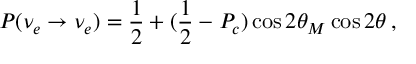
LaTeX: P ( \nu _ { e } \to \nu _ { e } ) = { \frac { 1 } { 2 } } + ( { \frac { 1 } { 2 } } - P _ { c } ) \cos 2 \theta _ { M } \cos 2 \theta \, ,